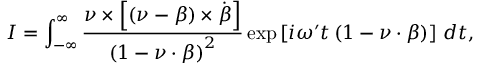
\boldsymbol { I } = \int _ { - \infty } ^ { \infty } \frac { \boldsymbol { \nu } \times \left[ \left( \boldsymbol { \nu } - \boldsymbol { \beta } \right) \times \dot { \boldsymbol { \beta } } \right] } { \left( 1 - \boldsymbol { \nu } \cdot \boldsymbol { \beta } \right) ^ { 2 } } \exp \left[ i \omega ^ { \prime } t \left( 1 - \boldsymbol { \nu } \cdot \boldsymbol { \beta } \right) \right] \, d t ,